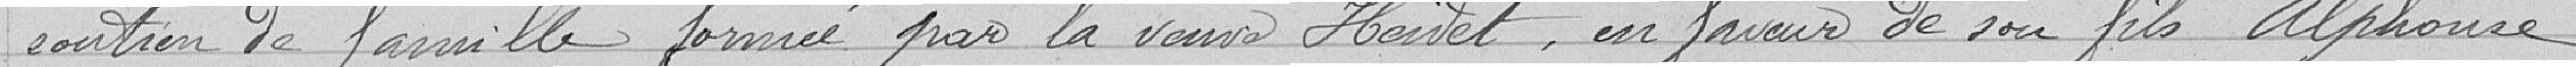
soutien de famille, formée par la veuve Heivet, en faveur de son fils Alphonse